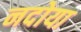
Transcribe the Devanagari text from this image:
नदोया